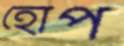
হোপ